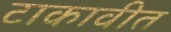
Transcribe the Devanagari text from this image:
टाकावीत